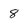
Character: 8